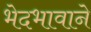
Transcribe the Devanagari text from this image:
भेदभावाने